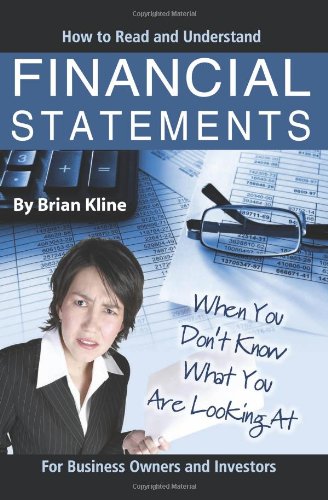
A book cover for How to Read and Understand Financial Statements When You Don't Know What You Are Looking At: For Business Owners and Investors; Brian Kline; Business & Money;